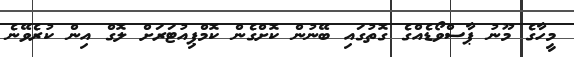
މީހާގެ މޫނު ޕާސްވޯޑެއްގެ ގޮތުގައި ބޭނުން ކޮށްގެން ކޮމްޕިއުޓަރަށް ލޮގް އިން ކުރެވޭނެ